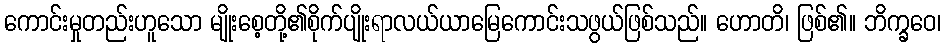
ကောင်းမှုတည်းဟူသော မျိုးစေ့တို့၏စိုက်ပျိုးရာလယ်ယာမြေကောင်းသဖွယ်ဖြစ်သည်။ ဟောတိ၊ ဖြစ်၏။ ဘိက္ခဝေ၊